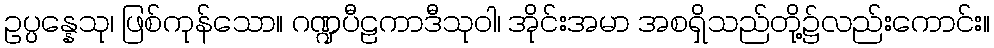
ဥပ္ပန္နေသု၊ ဖြစ်ကုန်သော။ ဂဏ္ဍပီဠကာဒီသုဝါ၊ အိုင်းအမာ အစရှိသည်တို့၌လည်းကောင်း။